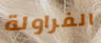
الفراولة